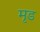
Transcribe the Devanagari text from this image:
मृड